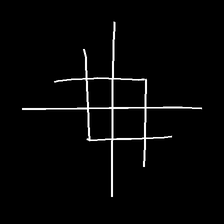
Glyph: crystal